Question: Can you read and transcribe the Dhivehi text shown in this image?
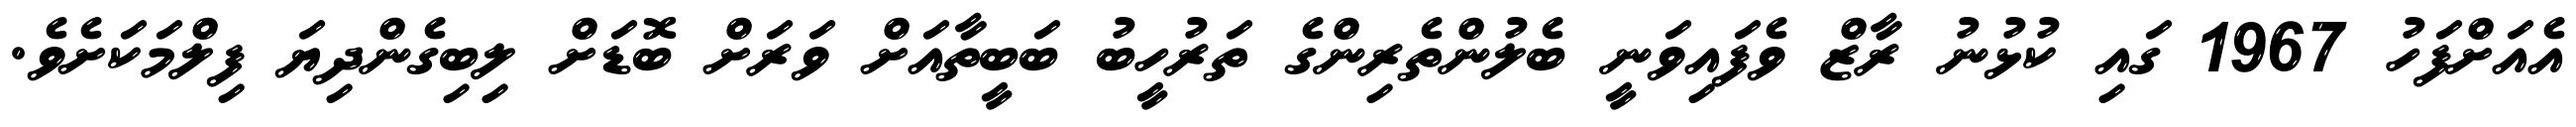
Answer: އެއަށްފަހު 1967 ގައި ކުޅުނު ރާޒް ވެފައިވަނީ ބެލުންތެރިންގެ ތަރުހީބު ބަބީތާއަށް ވަރަށް ބޮޑަށް ލިބިގެންދިޔަ ފިލްމަކަށެވެ.